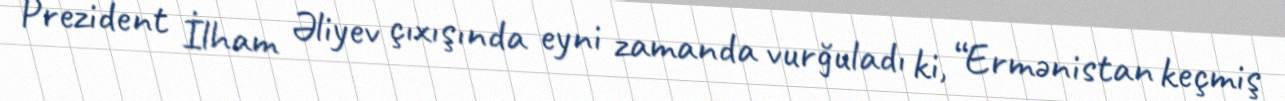
Prezident İlham Əliyev çıxışında eyni zamanda vurğuladı ki, “Ermənistan keçmiş